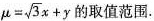
$$μ = \sqrt { 3 } x + y$$ 的取值范围.